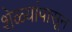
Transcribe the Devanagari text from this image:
शेळ्यांपासून